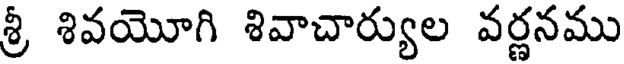
శ్రీ శివయోగి శివాచార్యుల వర్ణనము